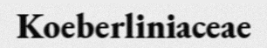
Koeberliniaceae